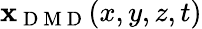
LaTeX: {\mathbf x}_{\mathrm{~D~M~D~}}(x,y,z,t)